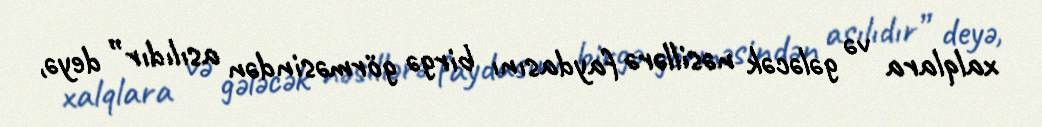
xalqlara və gələcək nəsillərə faydasını birgə görməsindən asılıdır” deyə,